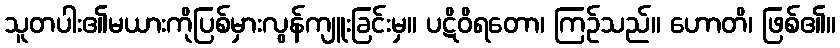
သူတပါး၏မယားကိုပြစ်မှားလွန်ကျူးခြင်းမှ။ ပဋိဝိရတော၊ ကြဉ်သည်။ ဟောတိ၊ ဖြစ်၏။